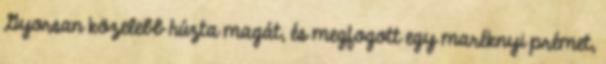
Gyorsan közelebb húzta magát, és megfogott egy maréknyi prémet,